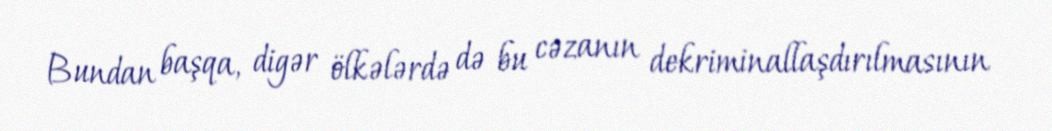
Bundan başqa, digər ölkələrdə də bu cəzanın dekriminallaşdırılmasının